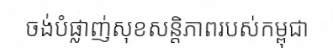
ចង់បំផ្លាញ់សុខសន្តិភាពរបស់កម្ពុជា